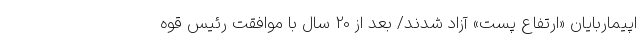
اپیماربایان «ارتفاع پست» آزاد شدند/ بعد از 20 سال با موافقت رئیس قوه